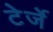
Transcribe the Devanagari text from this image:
टेर्जे